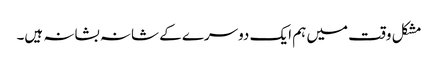
مشکل وقت میں ہم ایک دوسرے کے شانہ بشانہ ہیں۔